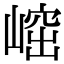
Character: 𡺴